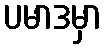
ပမာဒမှာ